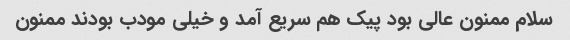
سلام ممنون عالی بود پیک هم سریع آمد و خیلی مودب بودند ممنون